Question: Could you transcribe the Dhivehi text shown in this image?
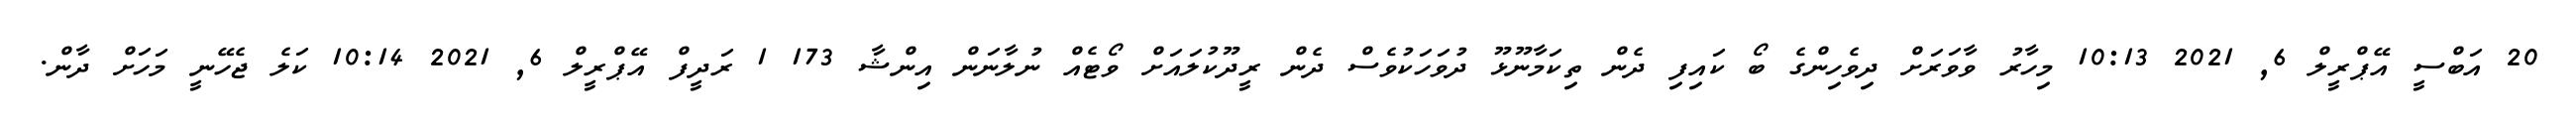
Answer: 20 އަބްސީ އޭޕްރީލް 6, 2021 10:13 މިހާރު ވާވަރަށް ދިވެހިންގެ ބޯ ކައިފި ދެން ތިކަމާނޫޅޫ ދުވަހަކުވެސް ދެން ރީދޫކުލައަށް ވޯޓެއް ނުލާނަން އިންޝާ 173 1 ރަދީފް އޭޕްރީލް 6, 2021 10:14 ކަލެ ޖެހޭނީ މަހަށް ދާން.